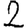
Digit: 2